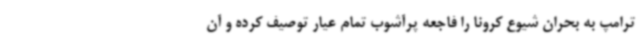
ترامپ به بحران شیوع کرونا را فاجعه پرآشوب تمام عیار توصیف کرده و آن